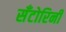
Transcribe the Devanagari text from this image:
सँटोरिनी